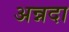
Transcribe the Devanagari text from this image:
अन्नदा